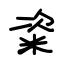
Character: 粢